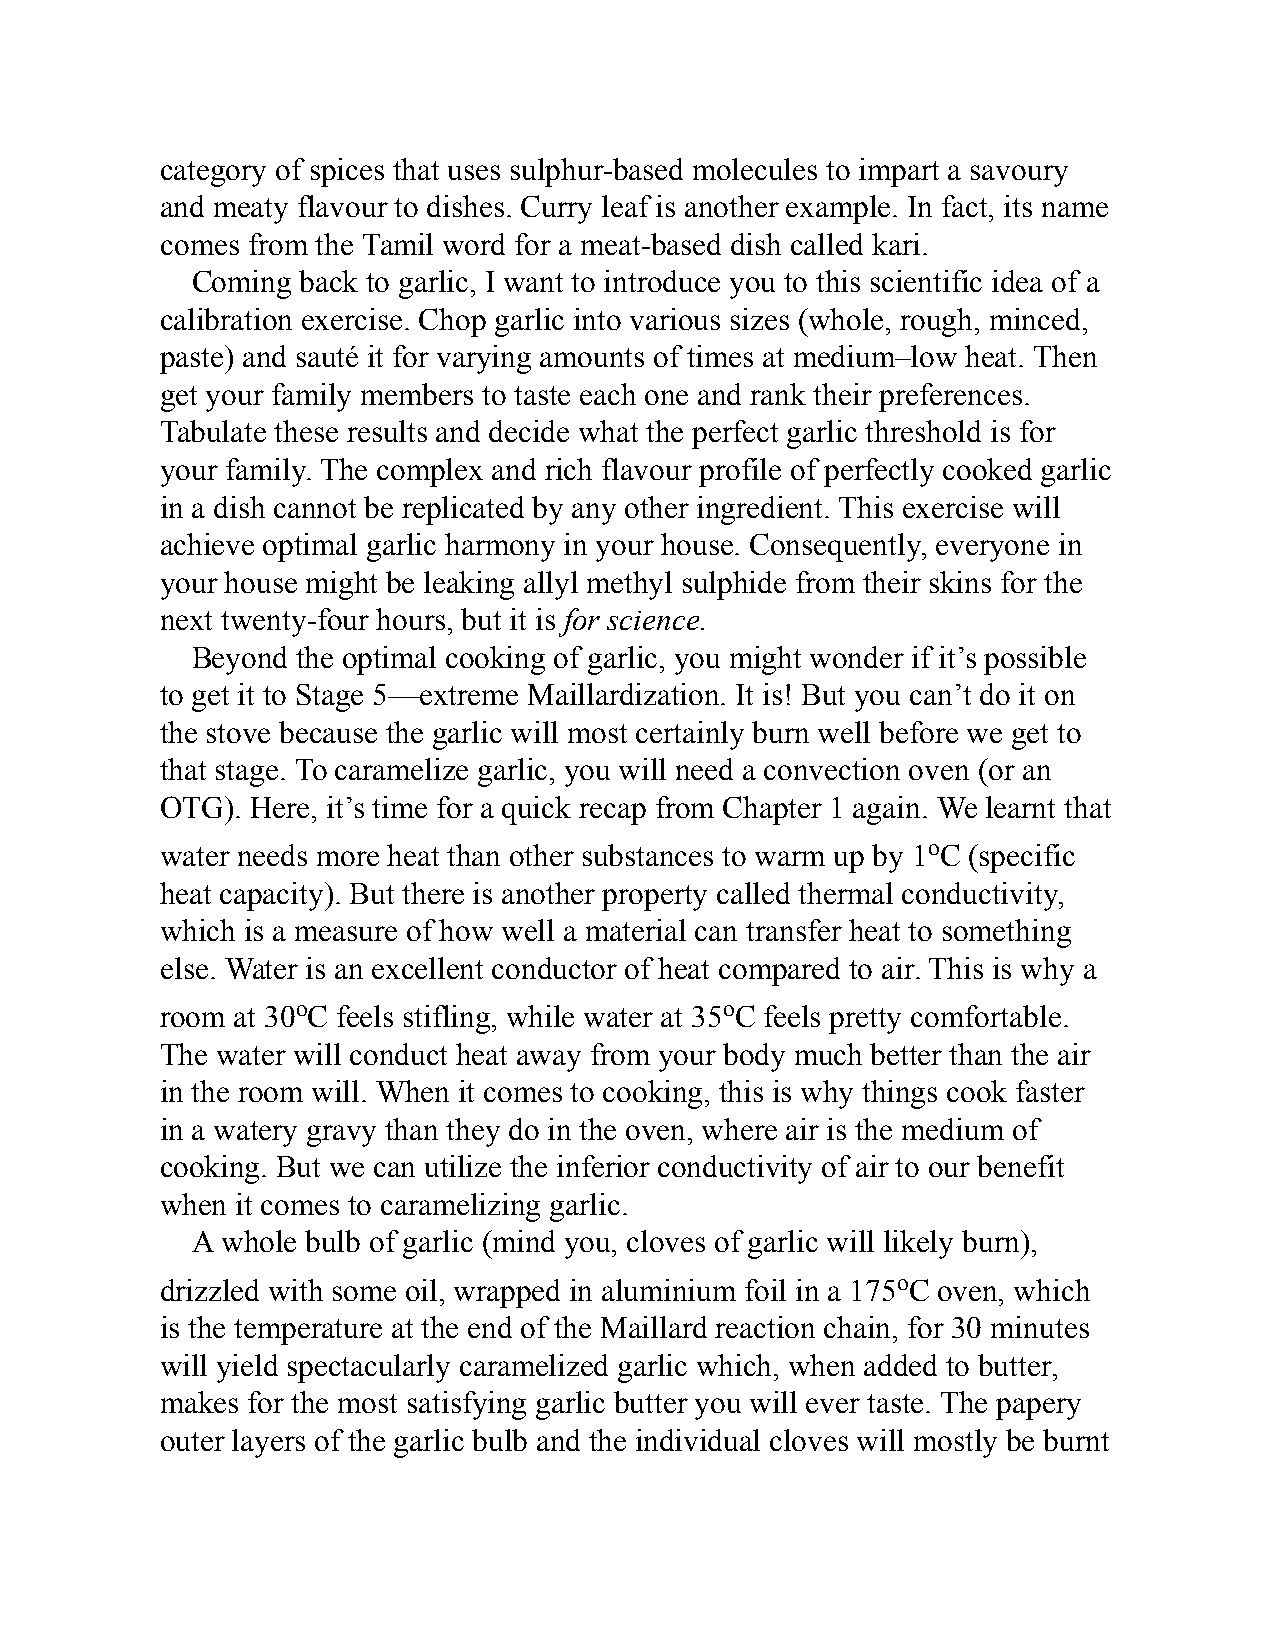
category of spices that uses sulphur-based molecules to impart a savoury
 and meaty flavour to dishes. Curry leaf is another example. In fact, its name
 comes from the Tamil word for a meat-based dish called kari.
 Coming back to garlic, I want to introduce you to this scientific idea of a
 calibration exercise. Chop garlic into various sizes (whole, rough, minced,
 paste) and sauté it for varying amounts of times at medium–low heat. Then
 get your family members to taste each one and rank their preferences.
 Tabulate these results and decide what the perfect garlic threshold is for
 your family. The complex and rich flavour profile of perfectly cooked garlic
 in a dish cannot be replicated by any other ingredient. This exercise will
 achieve optimal garlic harmony in your house. Consequently, everyone in
 your house might be leaking allyl methyl sulphide from their skins for the
 next twenty-four hours, but it is for science.
 Beyond the optimal cooking of garlic, you might wonder if it’s possible
 to get it to Stage 5—extreme Maillardization. It is! But you can’t do it on
 the stove because the garlic will most certainly burn well before we get to
 that stage. To caramelize garlic, you will need a convection oven (or an
 OTG). Here, it’s time for a quick recap from Chapter 1 again. We learnt that
 water needs more heat than other substances to warm up by 1oC (specific
 heat capacity). But there is another property called thermal conductivity,
 which is a measure of how well a material can transfer heat to something
 else. Water is an excellent conductor of heat compared to air. This is why a
 room at 30oC feels stifling, while water at 35oC feels pretty comfortable.
 The water will conduct heat away from your body much better than the air
 in the room will. When it comes to cooking, this is why things cook faster
 in a watery gravy than they do in the oven, where air is the medium of
 cooking. But we can utilize the inferior conductivity of air to our benefit
 when it comes to caramelizing garlic.
 A whole bulb of garlic (mind you, cloves of garlic will likely burn),
 drizzled with some oil, wrapped in aluminium foil in a 175oC oven, which
 is the temperature at the end of the Maillard reaction chain, for 30 minutes
 will yield spectacularly caramelized garlic which, when added to butter,
 makes for the most satisfying garlic butter you will ever taste. The papery
 outer layers of the garlic bulb and the individual cloves will mostly be burnt